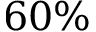
6 0 \%